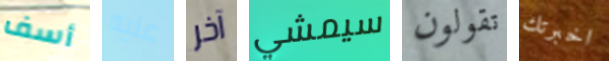
أسف عليه آخر سيمشي تقولون اخبرتك